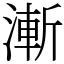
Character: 漸